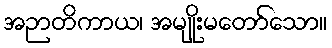
အဉာတိကာယ၊ အမျိုးမတော်သော။